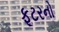
ફૂટરનો